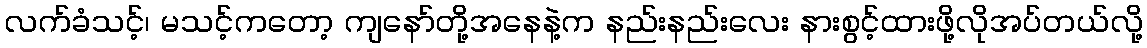
လက်ခံသင့်၊ မသင့်ကတော့ ကျနော်တို့အနေနဲ့က နည်းနည်းလေး နားစွင့်ထားဖို့လိုအပ်တယ်လို့